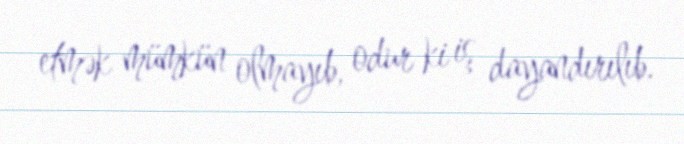
etmək mümkün olmayıb, odur ki iş dayandırılıb.